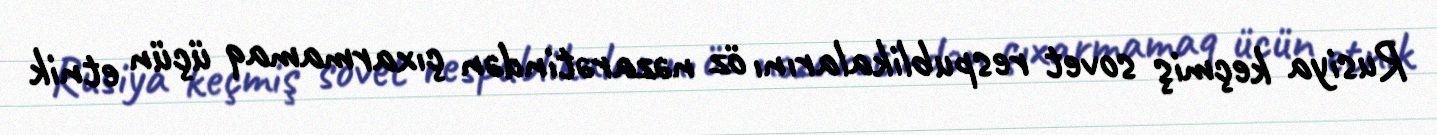
Rusiya keçmiş sovet respublikalarını öz nəzarətindən çıxarmamaq üçün etnik